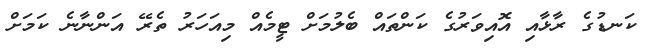
ކަނޑުގެ ރާޅާއި އޮއިވަރުގެ ކަންތައް ބެލުމަށް ޓީމެއް މިއަހަރު ތެރޭ އަންނާނެ ކަމަށް